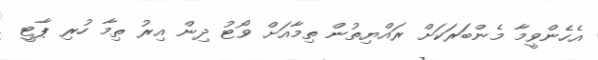
އެހެންވީމާ މެންބަރަކަށް ރައްޔިތުން ތިމާއަށް ވޯޓު ދިން އިރު ތިމާ ހުރި ޕާޓީ